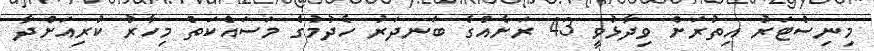
މިނިސްޓަރު އިތުރަށް ވިދާޅުވީ 43 ރަށެއްގެ ބަނދަރު ހެދުމުގެ މަސައްކަތް މިހާރު ކުރިއަށްދާ